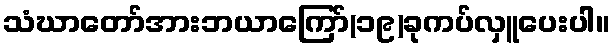
သံဃာတော်အားဘယာကြော်(၁၉)ခုကပ်လှူပေးပါ။